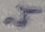
Text: 4